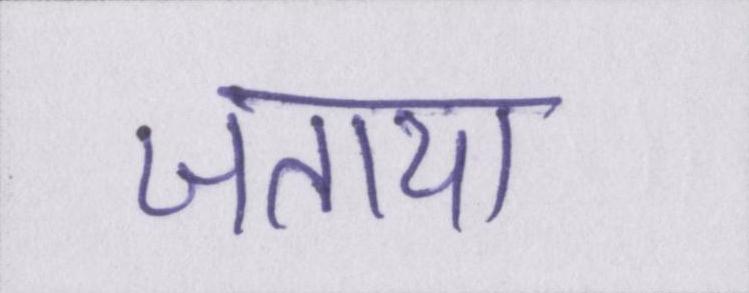
जताया